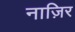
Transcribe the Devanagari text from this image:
नाज़िर